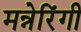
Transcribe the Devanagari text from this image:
मन्नेरिंगी